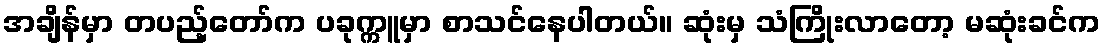
အချိန်မှာ တပည့်တော်က ပခုက္ကူမှာ စာသင်နေပါတယ်။ ဆုံးမှ သံကြိုးလာတော့ မဆုံးခင်က